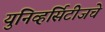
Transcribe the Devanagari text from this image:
युनिव्हर्सिटीजचे